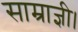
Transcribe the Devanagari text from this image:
साम्राज्ञी।